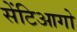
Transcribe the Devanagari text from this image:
सेंटिआगो